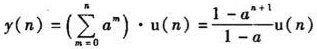
\[
y(n)=\left(\sum_{m=0}^{n} a^{m}\right) \cdot u(n)=\frac{1-a^{n+1}}{1-a} u(n)
\]